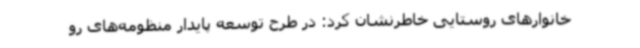
خانوارهای روستایی خاطرنشان کرد: در طرح توسعه پایدار منظومه‌های رو